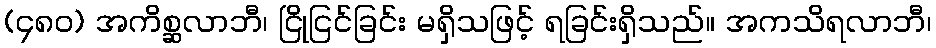
(၄၈၀) အကိစ္ဆလာဘီ၊ ငြိုငြင်ခြင်း မရှိသဖြင့် ရခြင်းရှိသည်။ အကသိရလာဘီ၊